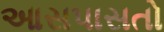
આસપાસતો